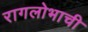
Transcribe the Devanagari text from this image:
रागलोभाची